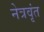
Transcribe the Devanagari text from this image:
नेत्रवृंत